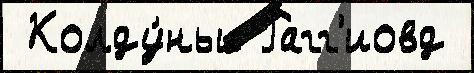
 Колду́ньи Рагг'иовд